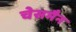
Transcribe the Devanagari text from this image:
चेसमैन